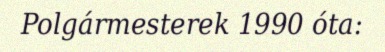
Polgármesterek 1990 óta: